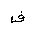
Letter: _fa